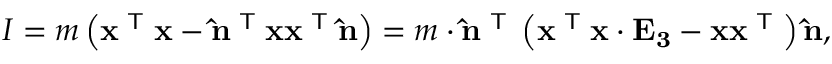
I = m \left( \mathbf { x } ^ { \textsf { T } } \mathbf { x } - \mathbf { \hat { n } } ^ { \textsf { T } } \mathbf { x } \mathbf { x } ^ { \textsf { T } } \mathbf { \hat { n } } \right) = m \cdot \mathbf { \hat { n } } ^ { \textsf { T } } \left( \mathbf { x } ^ { \textsf { T } } \mathbf { x } \cdot \mathbf { E _ { 3 } } - \mathbf { x } \mathbf { x } ^ { \textsf { T } } \right) \mathbf { \hat { n } } ,